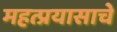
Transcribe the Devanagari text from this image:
महत्प्रयासाचे